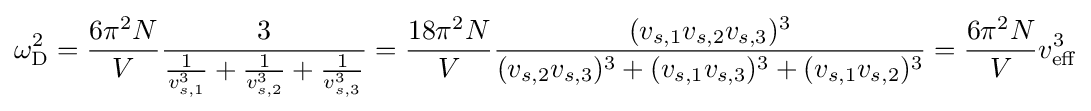
\omega _{\rm {D}}^{2}={\frac {6\pi ^{2}N}{V}}{\frac {3}{{\frac {1}{v_{s,1}^{3}}}+{\frac {1}{v_{s,2}^{3}}}+{\frac {1}{v_{s,3}^{3}}}}}={\frac {18\pi ^{2}N}{V}}{\frac {(v_{s,1}v_{s,2}v_{s,3})^{3}}{(v_{s,2}v_{s,3})^{3}+(v_{s,1}v_{s,3})^{3}+(v_{s,1}v_{s,2})^{3}}}={\frac {6\pi ^{2}N}{V}}v_{\mathrm {eff} }^{3}